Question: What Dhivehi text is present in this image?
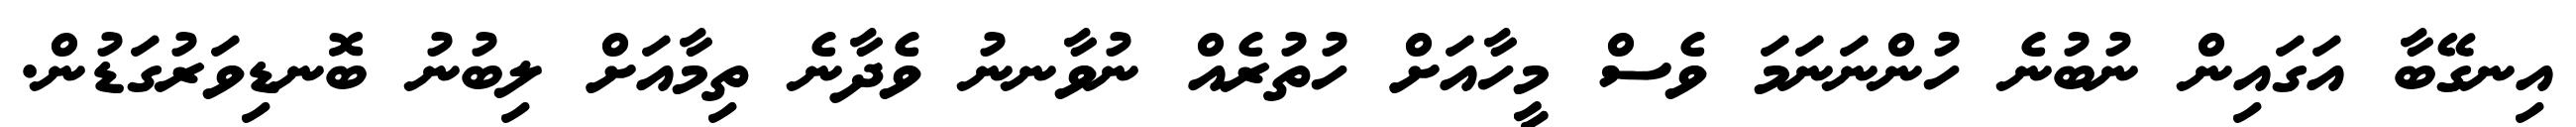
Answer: އިނގޭބާ އަގައިން ނުބުނެ ހުންނަނަމަ ވެސް މީހާއަށް ހުތުރެއް ނުވާނނު ވެދާނެ ތިމާއަށް ލިބުނު ބޮނޑިވަރުގަޑުން.